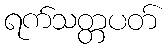
ရက်သတ္တပတ်